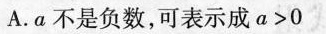
A.a不是负数，可表示成$$a > 0$$